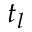
t _ { l }